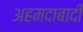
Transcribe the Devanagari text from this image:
अहमदाबादी